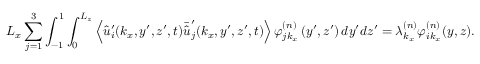
L _ { x } \sum _ { j = 1 } ^ { 3 } \int _ { - 1 } ^ { 1 } \int _ { 0 } ^ { L _ { z } } \left\langle \hat { u } _ { i } ^ { \prime } ( k _ { x } , y ^ { \prime } , z ^ { \prime } , t ) \bar { \hat { u } } _ { j } ^ { \prime } ( k _ { x } , y ^ { \prime } , z ^ { \prime } , t ) \right\rangle \varphi _ { j k _ { x } } ^ { ( n ) } \left( y ^ { \prime } , z ^ { \prime } \right) d y ^ { \prime } d z ^ { \prime } = \lambda _ { k _ { x } } ^ { ( n ) } \varphi _ { i k _ { x } } ^ { ( n ) } ( y , z ) .